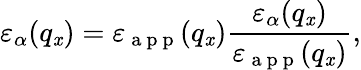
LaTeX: {{\varepsilon}_{\alpha}}({{q}_{\mathit{x}}})={{\varepsilon}_{\mathrm{{~a~p~p~}}}}({{q}_{\mathit{x}}})\frac{{{{\varepsilon}_{\alpha}}({{q}_{\mathit{x}}})}}{{{{\varepsilon}_{\mathrm{{~a~p~p~}}}}({{q}_{\mathit{x}}})}},